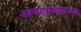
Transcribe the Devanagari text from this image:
आयएसआयच्या